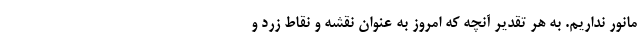
مانور نداریم. به هر تقدیر آنچه که امروز به عنوان نقشه و نقاط زرد و